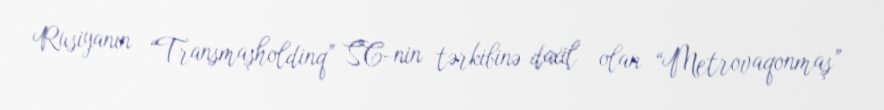
Rusiyanın “Transmaşholdinq” SC-nin tərkibinə daxil olan “Metrovaqonmaş”